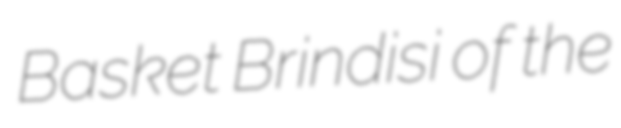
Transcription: Basket Brindisi of the